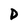
Character: D